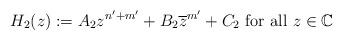
LaTeX: \begin{align*}H_2(z):=A_2z^{n'+m'}+B_2\overline{z}^{m'}+C_2\textrm{ for all }z\in \mathbb{C}\end{align*}